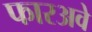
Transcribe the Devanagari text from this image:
फारअवे